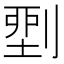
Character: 𠞐